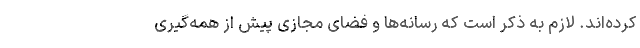
کرده‌اند. لازم به ذکر است که رسانه‌ها و فضای مجازی پیش از همه‌گیری